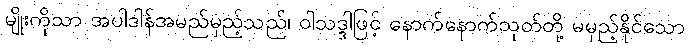
မျိုးကိုသာ အပါဒါန်အမည်မှည့်သည်၊ ဝါသဒ္ဒါဖြင့် နောက်နောက်သုတ်တို့ မမှည့်နိုင်သော